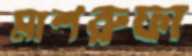
মাশরুফা